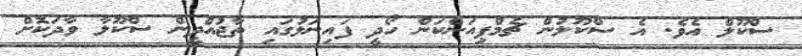
ސްކޫލް އެވެ. އެ ސްކޫލުން ޗެމްޕިއަންކަން ހޯދީ ފައިނަލުގައި ތާޖުއްދީން ސްކޫލާ ވާދަކޮށް